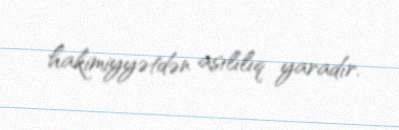
hakimiyyətdən asılılıq yaradır.